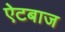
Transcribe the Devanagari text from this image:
ऐटबाज